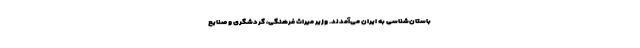
باستان‌شناسی به ایران می‌آمدند. وزیر میراث فرهنگی، گردشگری و صنایع